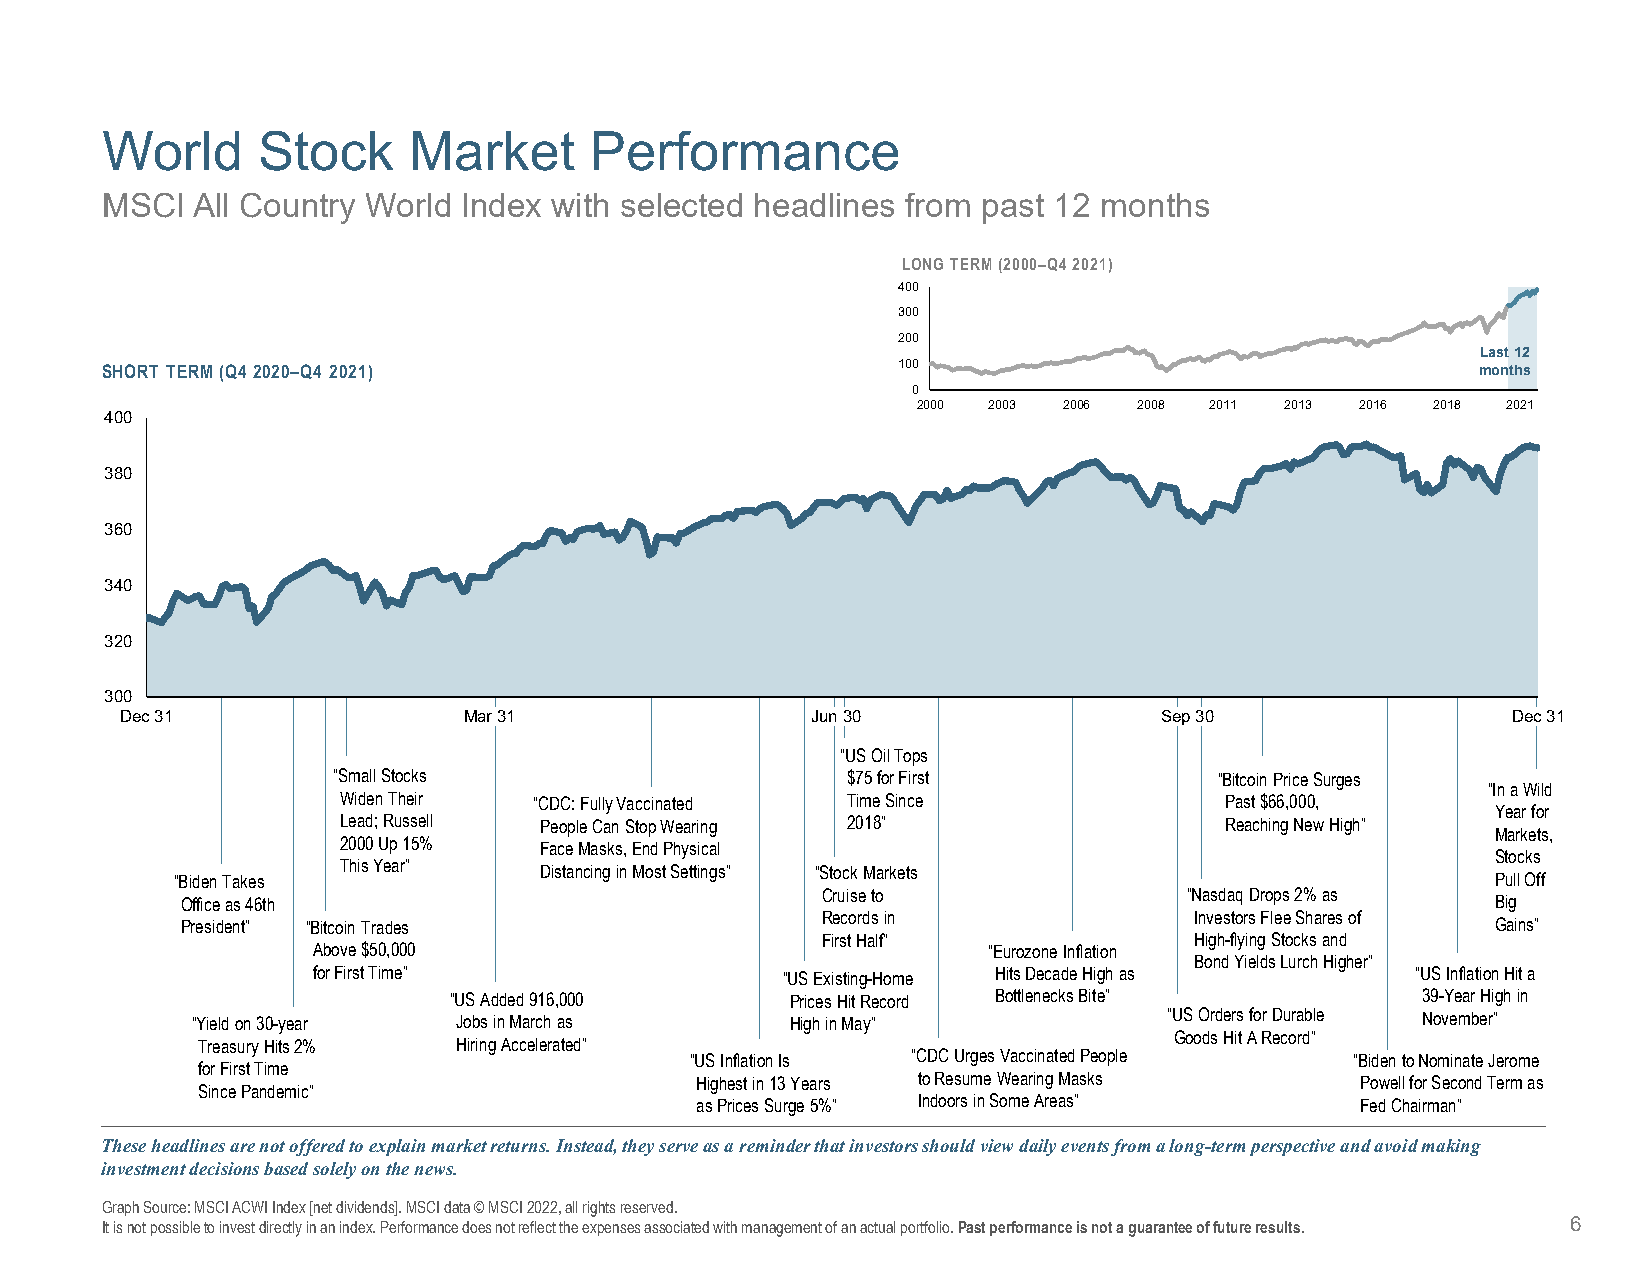
World     Stock     Market      Performance
 MSCI  All Country World Index with selected headlines from past 12 months
 LONG TERM (2000–Q4 2021)
 400
 300
 200
 Last 12
 SHORT TERM (Q4 2020–Q4 2021)                        100                                    months
 0
 2000 2003 2006 2008 2011 2013 2016 2018 2021
 400
 380
 360
 340
 320
 300
 Dec 31                 Mar 31                 Jun 30                 Sep 30                 Dec 31
 “US Oil Tops
 “Small Stocks                     $75 for First            “Bitcoin Price Surges
 “In a Wild
 Widen Their  “CDC: Fully Vaccinated Time Since             Past $66,000,
 Year for
 Lead; Russell People Can Stop Wearing 2018”                Reaching New High”
 Markets,
 2000 Up 15%   Face Masks, End Physical
 Stocks
 This Year”    Distancing in Most Settings” “Stock Markets
 “Biden Takes                                                                           Pull Off
 Cruise to                “Nasdaq Drops 2% as
 Office as 46th                                                                         Big
 Records in               Investors Flee Shares of
 President” “Bitcoin Trades                                                             Gains”
 First Half”              High-flying Stocks and
 Above $50,000                               “Eurozone Inflation
 Bond Yields Lurch Higher”
 for First Time”                “US Existing-Home Hits Decade High as     “US Inflation Hit a
 “US Added 916,000     Prices Hit Record Bottlenecks Bite”       39-Year High in
 “Yield on 30-year Jobs in March as     High in May”             “US Orders for Durable November”
 Goods Hit A Record”
 Treasury Hits 2% Hiring Accelerated”
 “US Inflation Is “CDC Urges Vaccinated People “Biden to Nominate Jerome
 for First Time
 Highest in 13 Years to Resume Wearing Masks Powell for Second Term as
 Since Pandemic”
 as Prices Surge 5%” Indoors in Some Areas”  Fed Chairman”
 These headlines are not offered to explain market returns. Instead, they serve as a reminder that investors should view dailyevents from a long-term perspective and avoid making
 investment decisions based solely on the news.
 Graph Source: MSCI ACWI Index [net dividends]. MSCI data © MSCI 2022, all rights reserved.
 It is not possible to invest directly in an index. Performance does not reflect the expenses associated with management of anactual portfolio. Past performance is not a guarantee of future results. 6